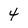
Character: 4